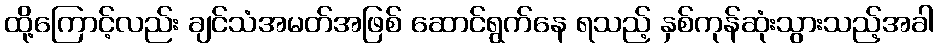
ထို့ကြောင့်လည်း ချင်သံအမတ်အဖြစ် ဆောင်ရွက်နေ ရသည့် နှစ်ကုန်ဆုံးသွားသည့်အခါ